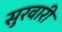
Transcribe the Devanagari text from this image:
सुरवारी